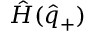
\hat { H } ( \hat { q } _ { + } )